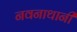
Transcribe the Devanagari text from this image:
नवनाथानी